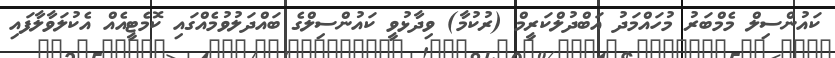
ކައުންސިލް މެމްބަރު މުހައްމަދު އަބްދުލްކަރީމް (ރުކުމާ) ވިދާޅުވީ ކައުންސިލްގެ ބައްދަލުވުމެއްގައި ކޮމެޓީއެއް އެކުލަވާލާފައި